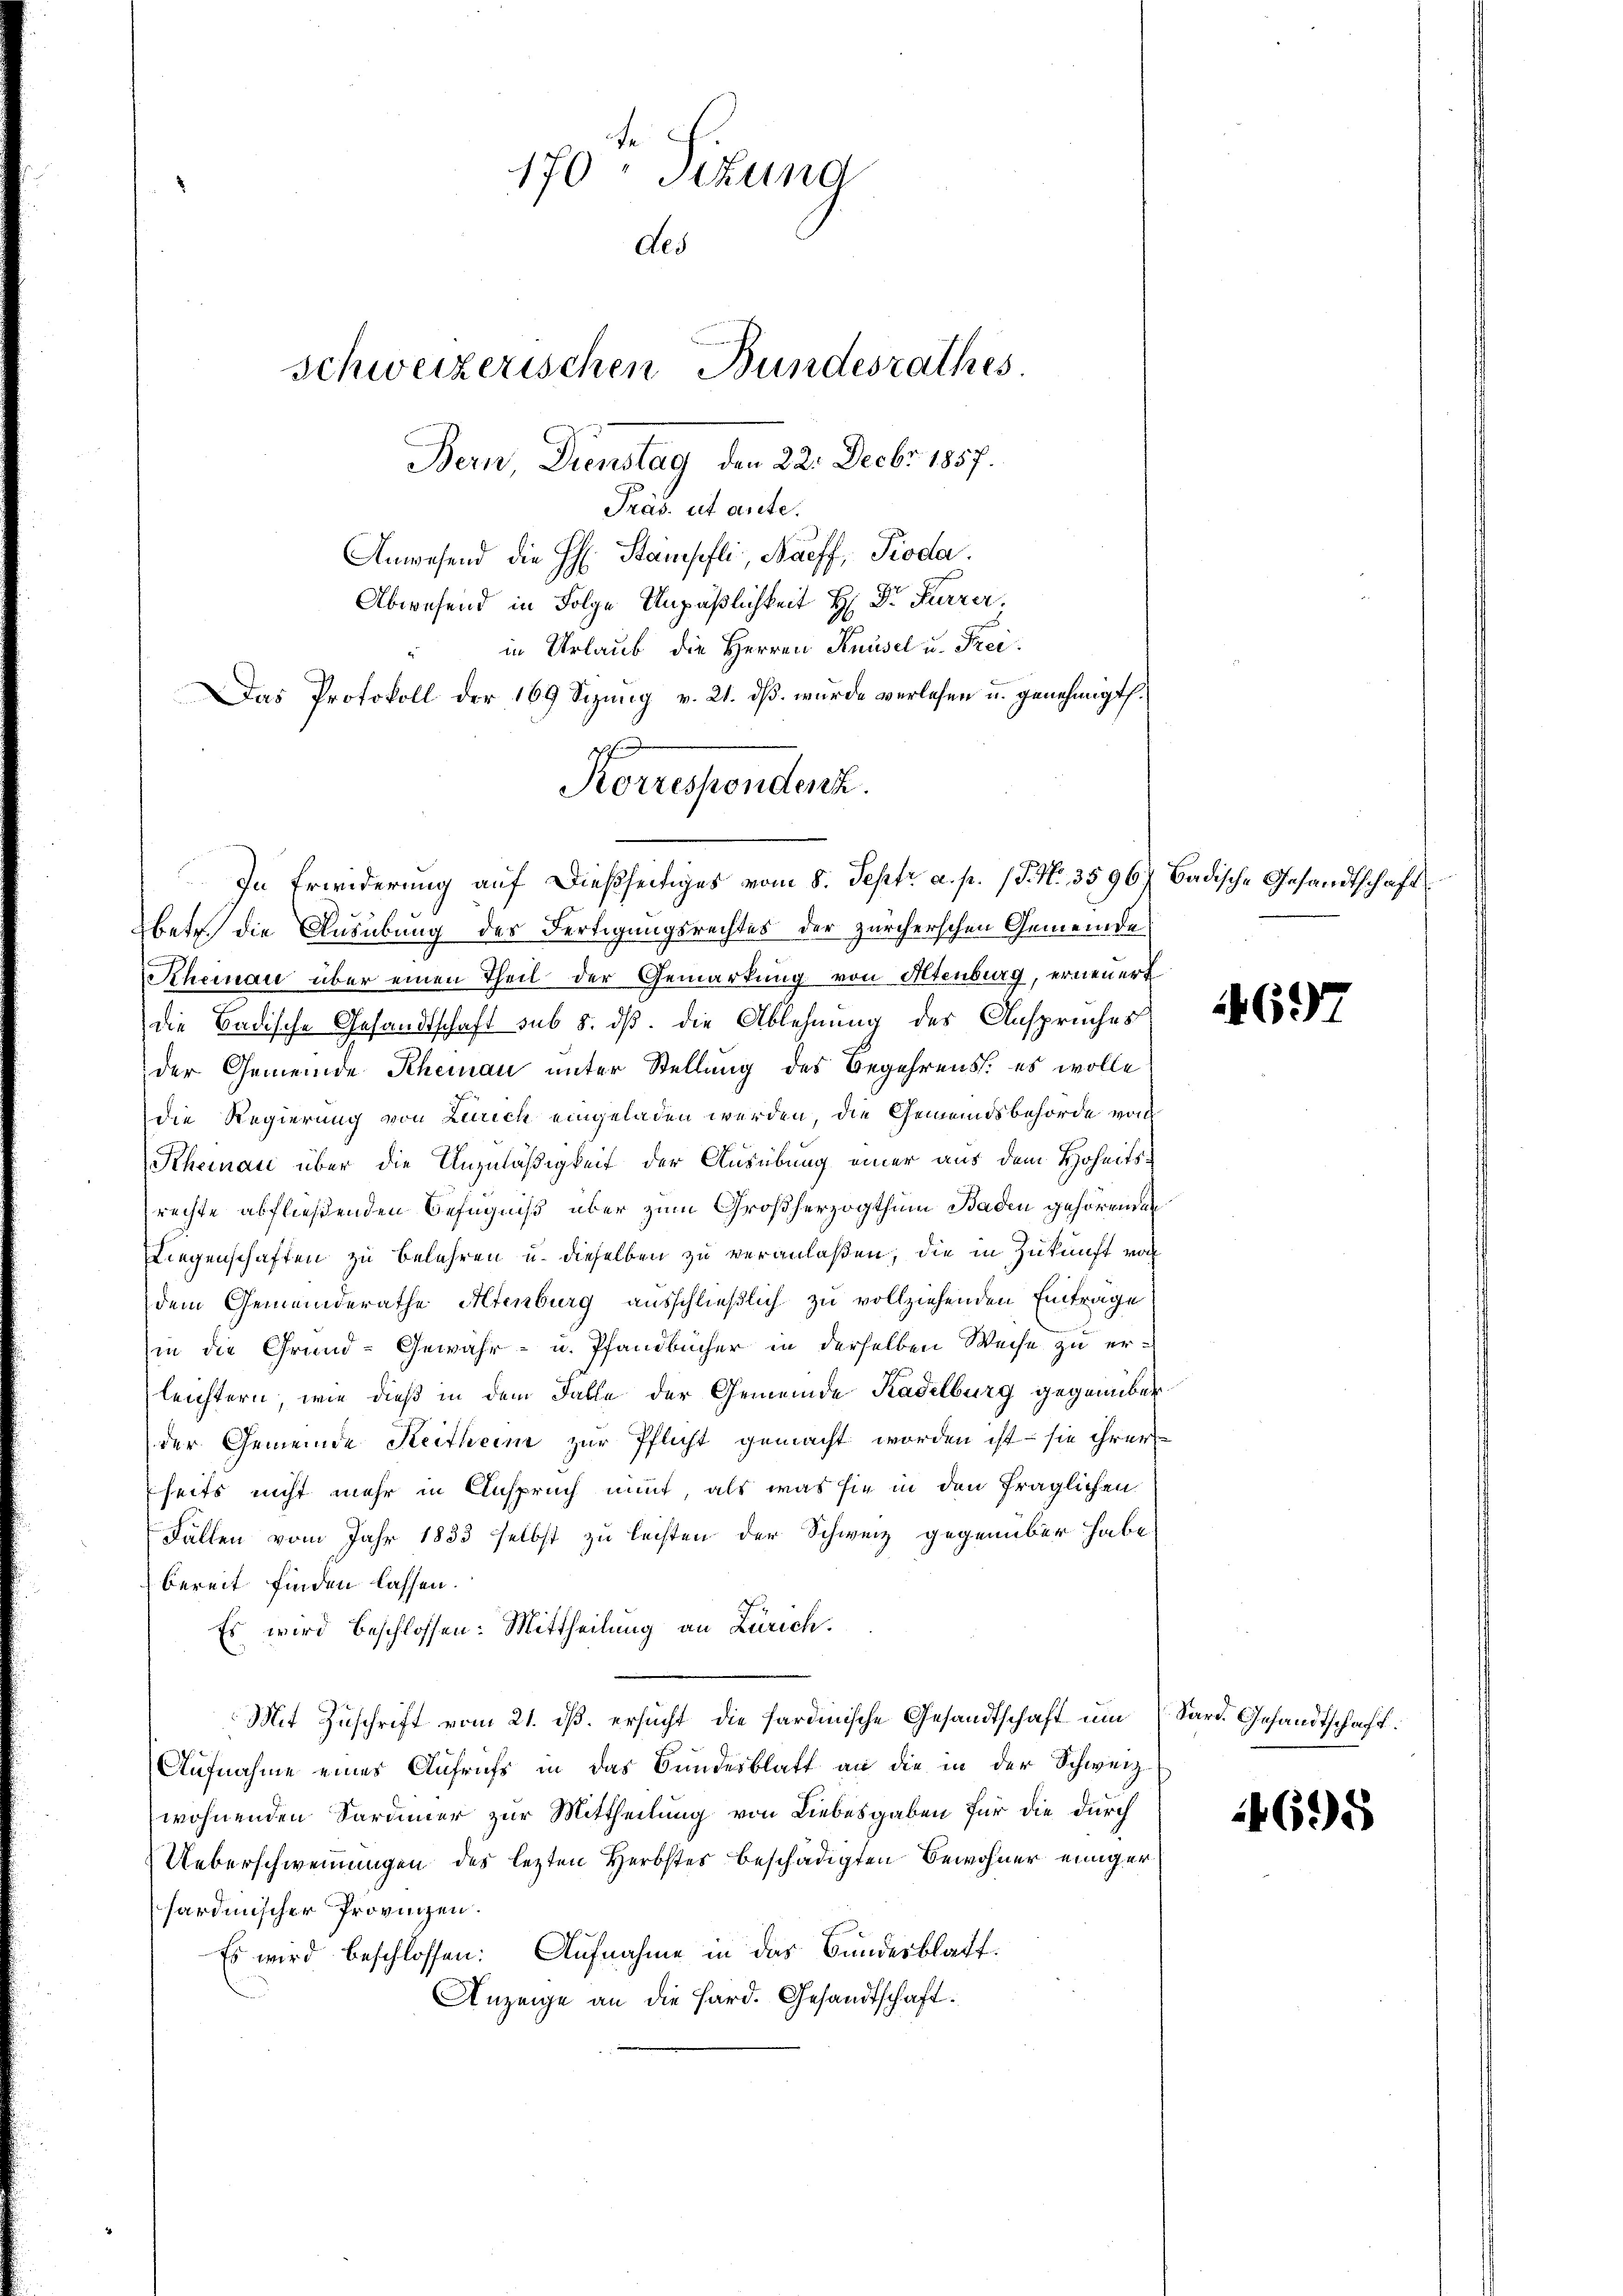
170 - Sitzung
des
schweizerischen Bundesrathes
Bern Dienstag, den 22. Decbr 1857.

Präs. ut ante.
Anwesend die H. Stampfli Naeff, Pioda.
Abwesend in Folge Unpäßlichkeit H: Dr. Furrer,
in Urlaub die Herren Knüsel u. Frei¬
Das Protokoll der 169 Sizung v. 21. ds. wurde verlesen u. genehmigt.
betr. die Ausübung des Fertigungsrechtes der zürcherschen Gemeinde
Kheinau über einen Theil der Gemarkung von Altenburg, erneuert
die Badische Gesandtschaft sub 8. ds. die Ablehnung des Anspruches
der Gemeinde Rheinau unter Stellung des Begehrens: es wolle
die Regierung von Zürich eingeladen werden, die Gemeindsbehörde von
Rheinau über die Unzuläßigkeit der Ausübung einer aus dem Hoheitsrechte abfließenden Befugniß aber zum Großherzogthum Baden gehörenden
Liegenschaften zu belehren u. dieselben zu veranlaßen; die in Zukunft von
dem Gemeinderathe Altenburg ausschließlich zu vollziehenden Eintrage
in die Grund-Gewähr- u. Pfandbücher in derselben Weise zu erleichtern, wie dieß in dem Falle der Gemeinde Kadelburg gegenüberder Gemeinde Reitheim zur Pflicht gemacht worden ist – sie ihrer
seits nicht mehr in Anspruch nit als was sie in den fraglichen
Fällen vom Jahr 1833 selbst zu leisten der Schweiz gegenüber habe
bereit finden lassen.
Es wird beschlossen: Mittheilung an Zürich.
Mit Zuschrift vom 21. ds. ersucht die sardinische Gesandtschaft um
Aufnahme eines Aufrufs in das Bundesblatt an die in der Schweiz.
wohnenden Sardinier zur Mittheilung von Liebesgaben für die durch
Ueberschweinungen des lezten Herbstes beschädigten Bewohner einiger
fardinischer Provinzen.
Es wird beschlossen: Aufnahme in das Bundesblatt.
Anzeige an die Hard. Gesandtschaft.

Korresponder
In Erwiderung auf dießseitiges vom 8. Septr a. p. P. Nr. 3596

badische Gesandtschaft

469

Sard. Gesandtschaft.

4695